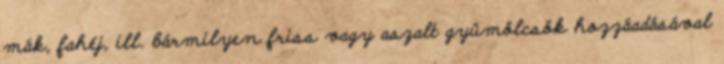
mák, fahéj, ill. bármilyen friss vagy aszalt gyümölcsök hozzáadásával